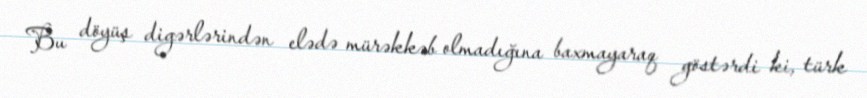
Bu döyüş digərlərindən elədə mürəkkəb olmadığına baxmayaraq göstərdi ki, türk